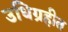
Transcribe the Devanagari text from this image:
उधिग्रहीत